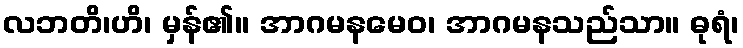
လဘတိ၊ဟိ၊ မှန်၏။ အာဂမနမေဝ၊ အာဂမနသည်သာ။ ဓုရံ၊